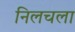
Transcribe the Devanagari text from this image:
निलचला